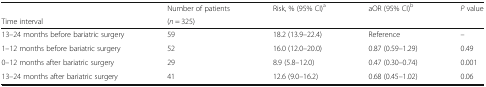
<table><thead><tr><td></td><td><b>Number of patients</b></td><td><b>Risk, % (95% CI)<sup>a</sup></b></td><td><b>aOR (95% CI)<sup>b</sup></b></td><td><b><i>P</i> value</b></td></tr><tr><td><b>Time interval</b></td><td><b>(<i>n</i> = 325)</b></td><td></td><td></td><td></td></tr></thead><tbody><tr><td>13–24 months before bariatric surgery</td><td>59</td><td>18.2 (13.9–22.4)</td><td>Reference</td><td>–</td></tr><tr><td>1–12 months before bariatric surgery</td><td>52</td><td>16.0 (12.0–20.0)</td><td>0.87 (0.59–1.29)</td><td>0.49</td></tr><tr><td>0–12 months after bariatric surgery</td><td>29</td><td>8.9 (5.8–12.0)</td><td>0.47 (0.30–0.74)</td><td>0.001</td></tr><tr><td>13–24 months after bariatric surgery</td><td>41</td><td>12.6 (9.0–16.2)</td><td>0.68 (0.45–1.02)</td><td>0.06</td></tr></tbody></table>